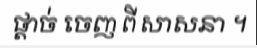
ផ្តាច់ ចេញ ពី សាសនា ។